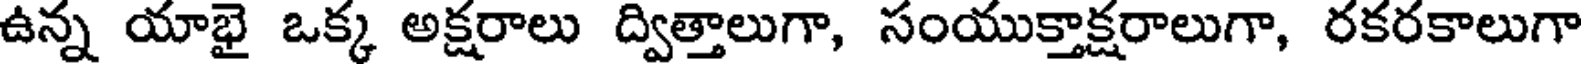
ఉన్న యాభై ఒక్క అక్షరాలు ద్విత్తాలుగా, సంయుక్తాక్షరాలుగా, రకరకాలుగా